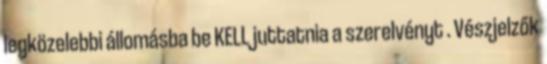
legközelebbi állomásba be KELL juttatnia a szerelvényt . Vészjelzők